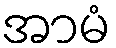
အာမံ